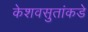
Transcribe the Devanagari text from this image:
केशवसुतांकडे